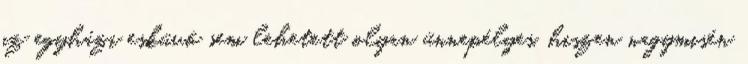
az egyházi esküvő sem lehetett olyan ünnepélyes, hiszen nagymisén